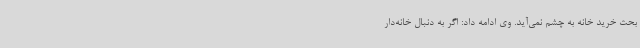
بحث خرید خانه به چشم نمی‌آید. وی ادامه داد: اگر به دنبال خانه‌دار